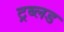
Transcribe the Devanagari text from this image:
ट्रब्लड